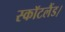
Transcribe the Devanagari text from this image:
स्कॉटलैंड।